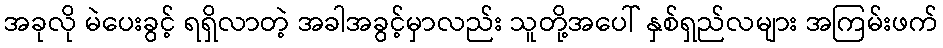
အခုလို မဲပေးခွင့် ရရှိလာတဲ့ အခါအခွင့်မှာလည်း သူတို့အပေါ် နှစ်ရှည်လများ အကြမ်းဖက်